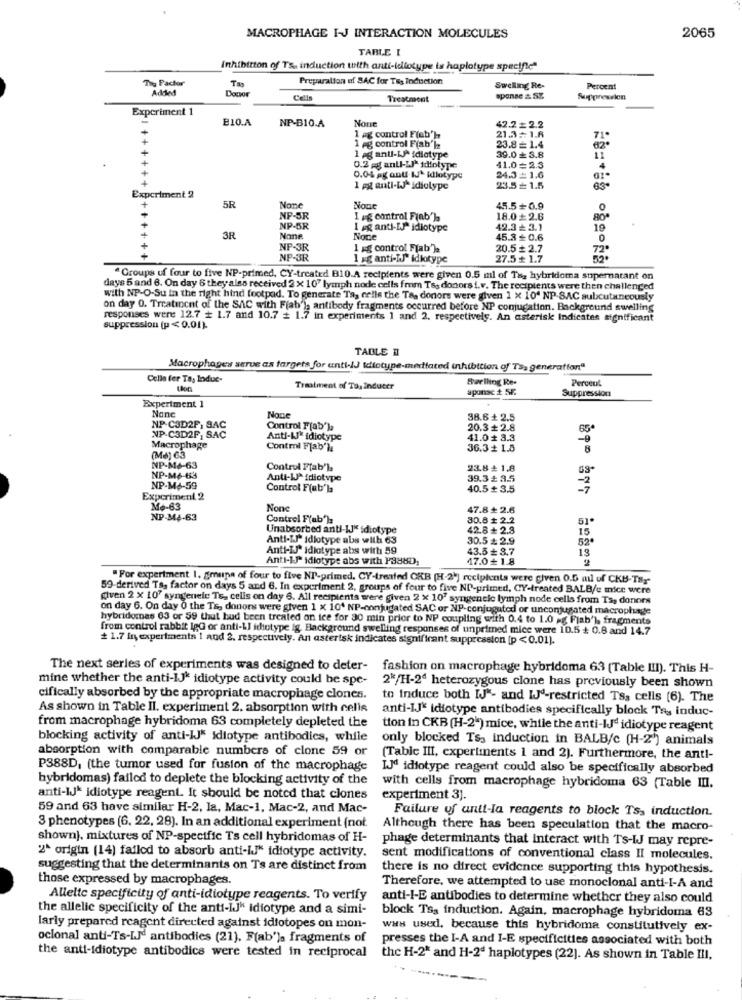
MACROPHAGE I-J INTERACTION MOLECULES
2065
TABLE I
Inhibition of TS, induction with anti-idiotype is haplotype specific"
The Pactor
Tan
Preparation of SAC for Tis Induction
Added
Donor
Swelling Re-
Percent
Treatment
sponse & SZ.
Suppression
Experiment 1
BIO.A
NP-B10.A
Nou
42.2 = 2.2
1 ag control F(ab'h
21.3: 1.6
71.
1 pg control Fiab'l
23.8= 1.4
62º
1 ag anti-LP idiotype
39.0 3.8
11
0.2 gg anti-LI* idiotype
41.0= 2.3
4
0.04 ag anu N` idiotype
24.3 = 1.6
1 pg anti-[J-idiotype
23.5+ 1.5
Experiment 2
5R
Nour
45.5+ 0.9
NP-5R
I ag control Finb')a
18.0+ 2.6
80*
NP-5R
I ag anti-EJª idiotype
42.3₺ 3.1
19
3R
Nane
Noce
45.3 ₺ 0.6
0
NP-3R
1 kg control Flab').
20.5 2.7
72.
.++
NP-3R
1 xg anti-IJ" idlotype
27.5₺ 1.7
52.
" Groups uf four to five NP-primed, CY-treated B10.A recipients were given 0.5 ml of Tag hybridoma supernatant on
days 5 and 6. On day 6 they also received 2 x 107 lymph node cells fmm Tss donors i.v. The recipients were then challenged
with NP-O-Su in the right hind footpad. To generate Ta, celle the Ta, donors were given 1 x 10" NP-SAC subcutaneously
on day 0. Trratinent of the SAC with Fiab'), antibody fragments occurred before NP conjugation. Background swelling
responses were 12.7 # 1.7 and 10.7 + 1.7 in experiments 1 and 2. respectively. An asterisk Indicates significant
suppression (p < 0.01).
TABLE 1
Macrophages serve as targets for anti -! J idiotype-mediated inhibition of Ts, generation"
Celle fer Ta, Indue-
Swelling Re-
Perceul
Treatment of Ta, inducer
aponsc + SF.
Suppression
Experiment 1
38.6 + 2.5
NP.C3D2F, SAC
Control Fab'la
20.3 + 2.8
65
NP-C3D2F: SAC
Anti-AJ' idiotype
41.0 3.3
Macrophage
Contri Flab'la
36.3 + 1.5
8
(Me) 63
NP-M6-63
Control Ffab'la
23.8 4 1.8
NP-M6-653
Anti-LJª idiotype
39.3 #: 3.5
NP-M+-59
Control F(ab'la
40.5 + 3.5
Experiment 2
Mo-63
47.8₺ 2.6
NP-34-63
Control Fab'):
30.8 + 2.2
51
Unabsorbed anti-LJ" idiotype
42.8₺ 2.9
15
Anti-LJ" idiotype abs with 63
30.5 ₺ 2.9
52ª
Anti-IJ" idiotype abs with 59
43.5 + 3.7
13
Anti-IP idiotype abs with P388D,
17.0+ 1.8
"For experiment 1. grupa of four to five NI-primed. CY-treated OKB (H-21] recipients were given 0.5 ml of CKB-TBy-
59-derived Ta, factor on days 5 and 6. In experiment 2, groups of four to five ND-primed, CY-treated BALB/c mice were
given 2 x 107 syngeneic Ts, cells on day 6. All recipients were given 2 x 107 syngenele lymph node cells from Tas donors
on day 6. On day O the Ts, donors were given 1 x 10 NP-conjugated SAC or NP-conjugated or unconjugated macrophage
hybridemas 63 or 59 thut hud been treated on ice for 30 min prior to NP coupling with 0.4 to 1.0 g Flab'), fragments
from control rabbit lgG or anti-LI idiotype ig. Background swelling responses of unprimed mice were 10.5 + 0.8 and 14.7
1.7 in, experiments 1 and 2. respectively. An asterisk indicates significant suppression [p <0.01).
The next series of experiments was designed to deter-
fashion on macrophage hybridoma 63 (Table III). This H-
mine whether the anti-IJk idiotype activity could be spe-
2*/H-2ª heterozygous clone has previously been shown
cifically absorbed by the appropriate macrophage clones.
to Induce both IJ"- and IJª-restricted Tss cells (6). The
As shown in Table Il. experiment 2. absorption with cells
anti-IJ" idiotype antibodies specifically block Te, induc-
from macrophage hybridoma 63 completely depleted the
tion in CKB (H-2") mice, while the anti-IJd idiotype reagent
blocking activity of anti-IJ" idiotype antibodies, while
only blocked TS, induction in BALB/c (H-2') animals
absorption with comparable numbers of clone 59 or
(Table III, cxpertinents 1 and 2). Furthermore, the anti-
P388D, (the tumor used for fusion of the macrophage
IJd idiotype reagent could also be specifically absorbed
hybridomas) failed to deplete the blocking activity of the
with cells from macrophage hybridoma 63 (Table III.
anti-IJ* idiotype reagent. It should be noted that clones
experiment 3).
59 and 63 have similar H-2, la, Mac-1, Mac-2, and Mac-
Failure of anti-la reagents to block Ts, induction.
3 phenotypes (6. 22, 28). In an additional experiment (not
Although there has been speculation that the macro-
shown), mixtures of NP-specific Ts cell hybridomas of H-
phage determinants that interact with Ts-WJ may repre-
2^ origin (14) failed to absorb anti-IJ" idiotype activity.
sent modifications of conventional class II molecules.
suggesting that the determinants on Ts are distinct from
there is no direct evidence supporting this hypothesis.
those expressed by macrophages.
Therefore, we attempted to use monoclonal anti-I-A and
Alleltc specificity of anti-idiotype reagents. To verify
anti-I-E antibodies to determine whether they also could
the allelic specificity of the anti-IJ" Idiotype and a simi-
block Ts. induction. Again, macrophage hybridoma 63
larly prepared reagent directed against idfotopes on mon-
was used, because this hybridoma constitutively ex-
oclonal anti-Ts-LJd antibodies (21). F(ab'la fragments of
presses the I-A and I-E specificities associated with both
the anti-idiotype antibodics were tested in reciprocal
the H-2* and H-2ª haplotypes (22). As shown in Table III,